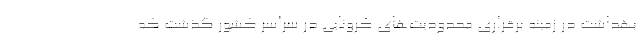
بهداشت در زمینه برقراری محدودیت‌های کرونایی در سراسر کشور گذشت که